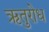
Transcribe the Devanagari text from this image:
ऋतुरोध